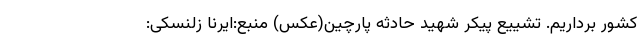
کشور برداریم. تشییع پیکر شهید حادثه پارچین(عکس) منبع:ایرنا زلنسکی: